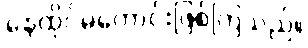
နေထိုင်မကောင်းဖြစ်ကြသည်။